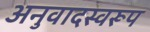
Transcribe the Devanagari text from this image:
अनुवादस्वरूप